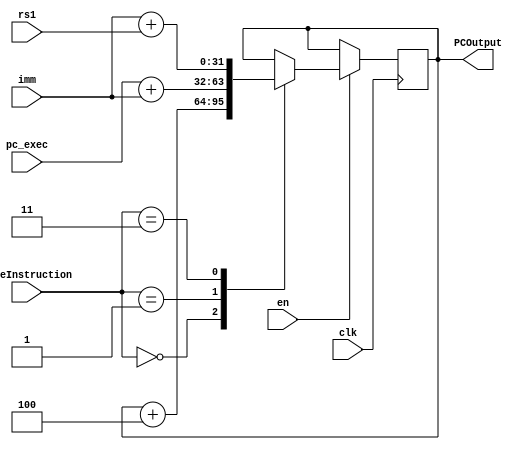
module PCCounter(
    input clk,
    input en,
    input[1:0] TypeInstruction,
    //0b00 -> pc + 4 (Common)
    //0b01 -> pc _exec + imm (Branch)
    //0b11 -> pc + imm + rs1 (Call function)
    input[31:0] pc_exec,
    input[31:0] imm,
    input[31:0] rs1,

    output[31:0] PCOutput
);
reg [31:0] pc /*verilator public*/;
assign PCOutput = pc;

always @(posedge clk) begin
    if (en) begin
        case (TypeInstruction)
            2'b00: pc <= pc + 4;
            2'b01: pc <= pc_exec + imm;
            2'b11: pc <= imm + rs1;
            default: ;
        endcase
    end
end

endmodule